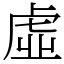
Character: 虛